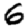
Digit: 6